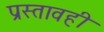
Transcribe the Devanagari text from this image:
प्रस्तावही